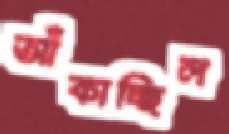
আঁকাচ্ছিল